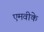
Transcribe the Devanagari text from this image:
एमवीके